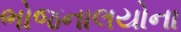
ભોજનાલયોના